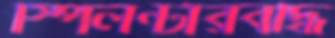
স্পিলন্টারবদ্ধি